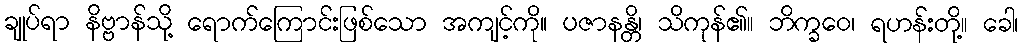
ချုပ်ရာ နိဗ္ဗာန်သို့ ရောက်ကြောင်းဖြစ်သော အကျင့်ကို။ ပဇာနန္တိ၊ သိကုန်၏။ ဘိက္ခဝေ၊ ရဟန်းတို့။ ခေါ၊